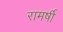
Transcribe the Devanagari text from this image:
रामर्षी